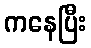
ကနေပြီး